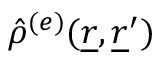
\hat { \rho } ^ { ( e ) } ( \underline { { r } } , \underline { { r } } ^ { \prime } )